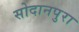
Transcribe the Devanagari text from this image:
सोदानपुरा